Annual statistical returns and brief notes on vaccination in Bengal - 1909-1929
Year: 1909
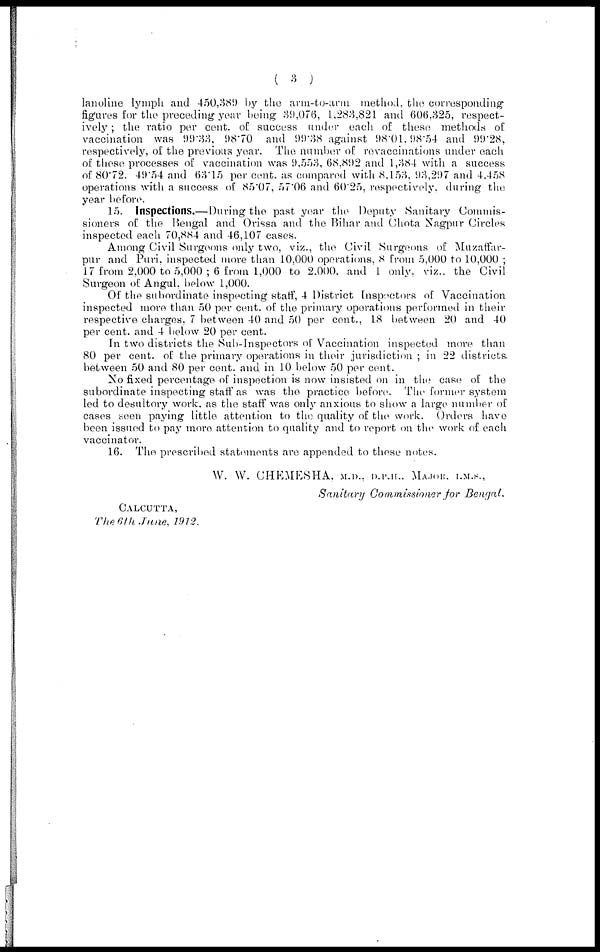
( 3 )
lanoline lymph and 450,389 by the arm-to-arm method, the corresponding
figures for the preceding year being 39,076, 1,283,821 and 606,325, respect-
ively ; the ratio per cent. of success under each of these methods of
vaccination was 99.33, 98.70 and 99.38 against 98.01,98.54 and 99.28,
respectively, of the previous year. The number of re-vaccinations under each
of these processes of vaccination was 9,553, 68.892 and 1,384 with a success
of 80.72, 49.54 and 63.15 per cent. as compared with 8,153, 93,297 and 4,458
operations with a success of 85.07, 57.06 and 60.25, respectively, during the
year before.
15. Inspections.—During the past year the Deputy Sanitary Commis-
sioners of the Bengal and Orissa and the Bihar and Chota Nagpur Circles
inspected each 70,884 and 46,107 cases.
Among Civil Surgeons only two, viz., the Civil Surgeons of Muzaffar-
pur and Puri, inspected more than 10,000 operations, 8 from 5,000 to 10,000 ;
17 from 2,000 to 5,000 ; 6 from 1,000 to 2,000, and 1 only. viz., the Civil
Surgeon of Angul. below 1,000.
Of the subordinate inspecting staff, 4 District Inspectors of Vaccination
inspected more than 50 per cent. of the primary operations performed in their
respective charges, 7 between 40 and 50 per cent., 18 between 20 and 40
per cent. and 4 below 20 per cent.
In two districts the Sub-Inspectors of Vaccination inspected more than
80 per cent. of the primary operations in their jurisdiction ; in 22 districts
between 50 and 80 per cent. and in 10 below 50 per cent.
No fixed percentage of inspection is now insisted on in the case of the
subordinate inspecting staff as was the practice before. The former system
led to desultory work, as the staff was only anxious to show a large number of
cases seen paying little attention to the quality of the work. Orders have
been issued to pay more attention to quality and to report on the work of each
vaccinator.
16. The prescribed statements are appended to these notes.
W. W. CHEMESHA, M.D., D.P.H., MAJOR, I.M.S.,
Sanitary Commissioner for Bengal.
CALCUTTA,
The 6th June, 1912.